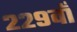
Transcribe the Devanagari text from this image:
२२९वाँ